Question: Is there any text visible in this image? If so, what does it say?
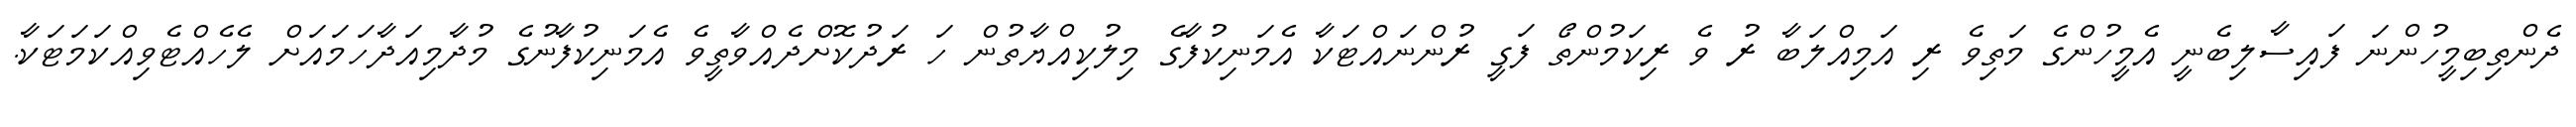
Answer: ދެންތިބިމީހުންނަ ފައިސާލިބެނީ އެމީހުންގެ މަތިވެ ރި އަމިއްލަބާ ރު ވެ ރިކަމުންތޯ ފަގީ ރުންނައްޓަކާ އެމަނިކުފާގެ މިލުކިއްޔާތުން ހަ ރަދުކޮށްދެއްވާތީވެ އެމަނިކުފާނުގެ މުދާމިއަދާހަމައަށް ލެހެއްޓެވިއްކަމަޓަކާ.